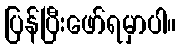
ပြန်ပြီးဖော်ရမှာပါ။